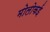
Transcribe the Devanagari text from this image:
मोलोकई